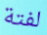
لفتة